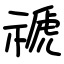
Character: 禠